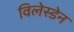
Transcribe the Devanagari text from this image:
विलेस्डेन